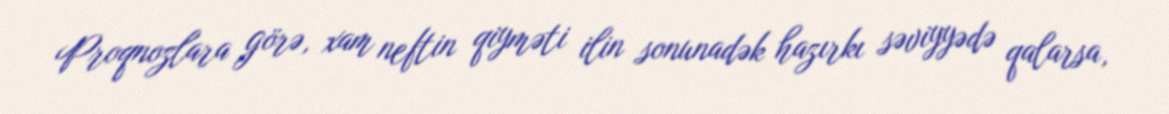
Proqnozlara görə, xam neftin qiyməti ilin sonunadək hazırkı səviyyədə qalarsa,